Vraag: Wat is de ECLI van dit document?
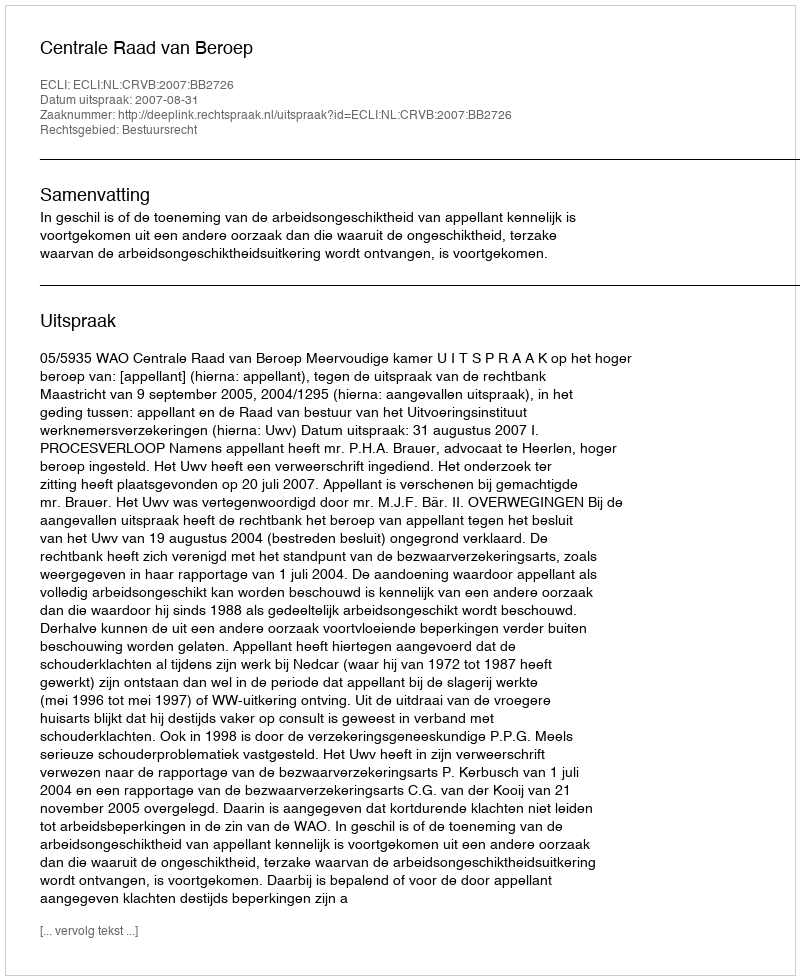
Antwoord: ECLI:NL:CRVB:2007:BB2726